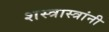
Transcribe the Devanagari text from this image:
शस्त्रास्त्रांनी